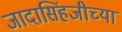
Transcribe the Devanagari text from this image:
जादासिंहजीच्या